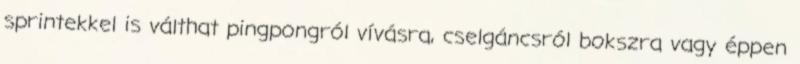
sprintekkel is válthat pingpongról vívásra, cselgáncsról bokszra vagy éppen